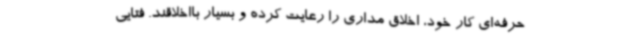
حرفه‌ای کار خود، اخلاق مداری را رعایت کرده و بسیار بااخلاقند. فتایی